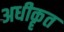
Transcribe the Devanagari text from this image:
अधीकॄत